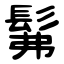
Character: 髴